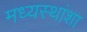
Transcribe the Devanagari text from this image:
मध्यस्थांशा